Civil Veterinary Dept. Assam report 1927-50 - 1927-1950
Year: 1927
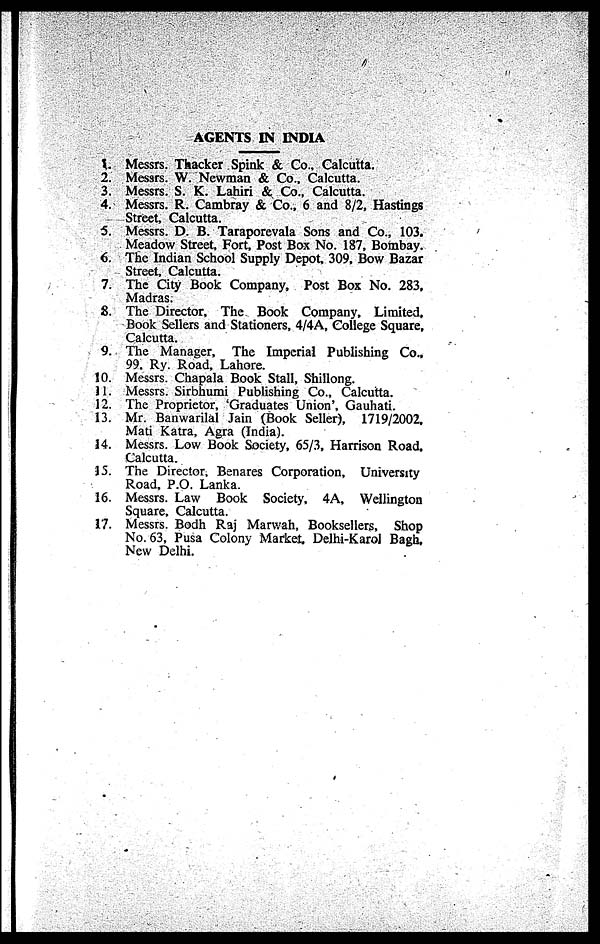
AGENTS IN INDIA
1. Messrs. Thacker Spink & Co., Calcutta.
2. Messrs. W. Newman & Co., Calcutta.
3. Messrs. S. K. Lahiri & Co., Calcutta.
4. Messrs. R. Cambray & Co., 6 and 8/2, Hastings
Street, Calcutta.
5. Messrs. D. B. Taraporevala Sons and Co., 103.
Meadow Street, Fort, Post Box No. 187, Bombay.
6. The Indian School Supply Depot, 309, Bow Bazar
Street, Calcutta.
7. The City Book Company, Post Box No. 283,
Madras.
8. The Director, The Book Company, Limited,
Book Sellers and Stationers, 4/4A, College Square,
Calcutta.
9. The Manager, The Imperial Publishing Co.,
99. Ry. Road, Lahore.
10. Messrs. Chapala Book Stall, Shillong.
11. Messrs. Sirbhumi Publishing Co., Calcutta.
12. The Proprietor, 'Graduates Union', Gauhati.
13. Mr. Banwarilal Jain (Book Seller), 1719/2002.
Mati Katra, Agra (India).
14. Messrs. Low Book Society, 65/3, Harrison Road,
Calcutta.
15. The Director. Benares Corporation, University
Road, P.O. Lanka.
16. Messrs. Law Book Society, 4A, Wellington
Square, Calcutta.
17. Messrs. Bodh Raj Marwah, Booksellers, Shop
No. 63, Pusa Colony Market, Delhi-Karol Bagh,
New Delhi.